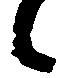
候